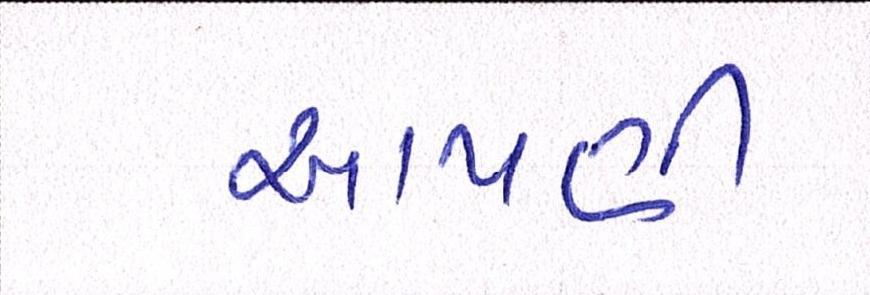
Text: આપણી